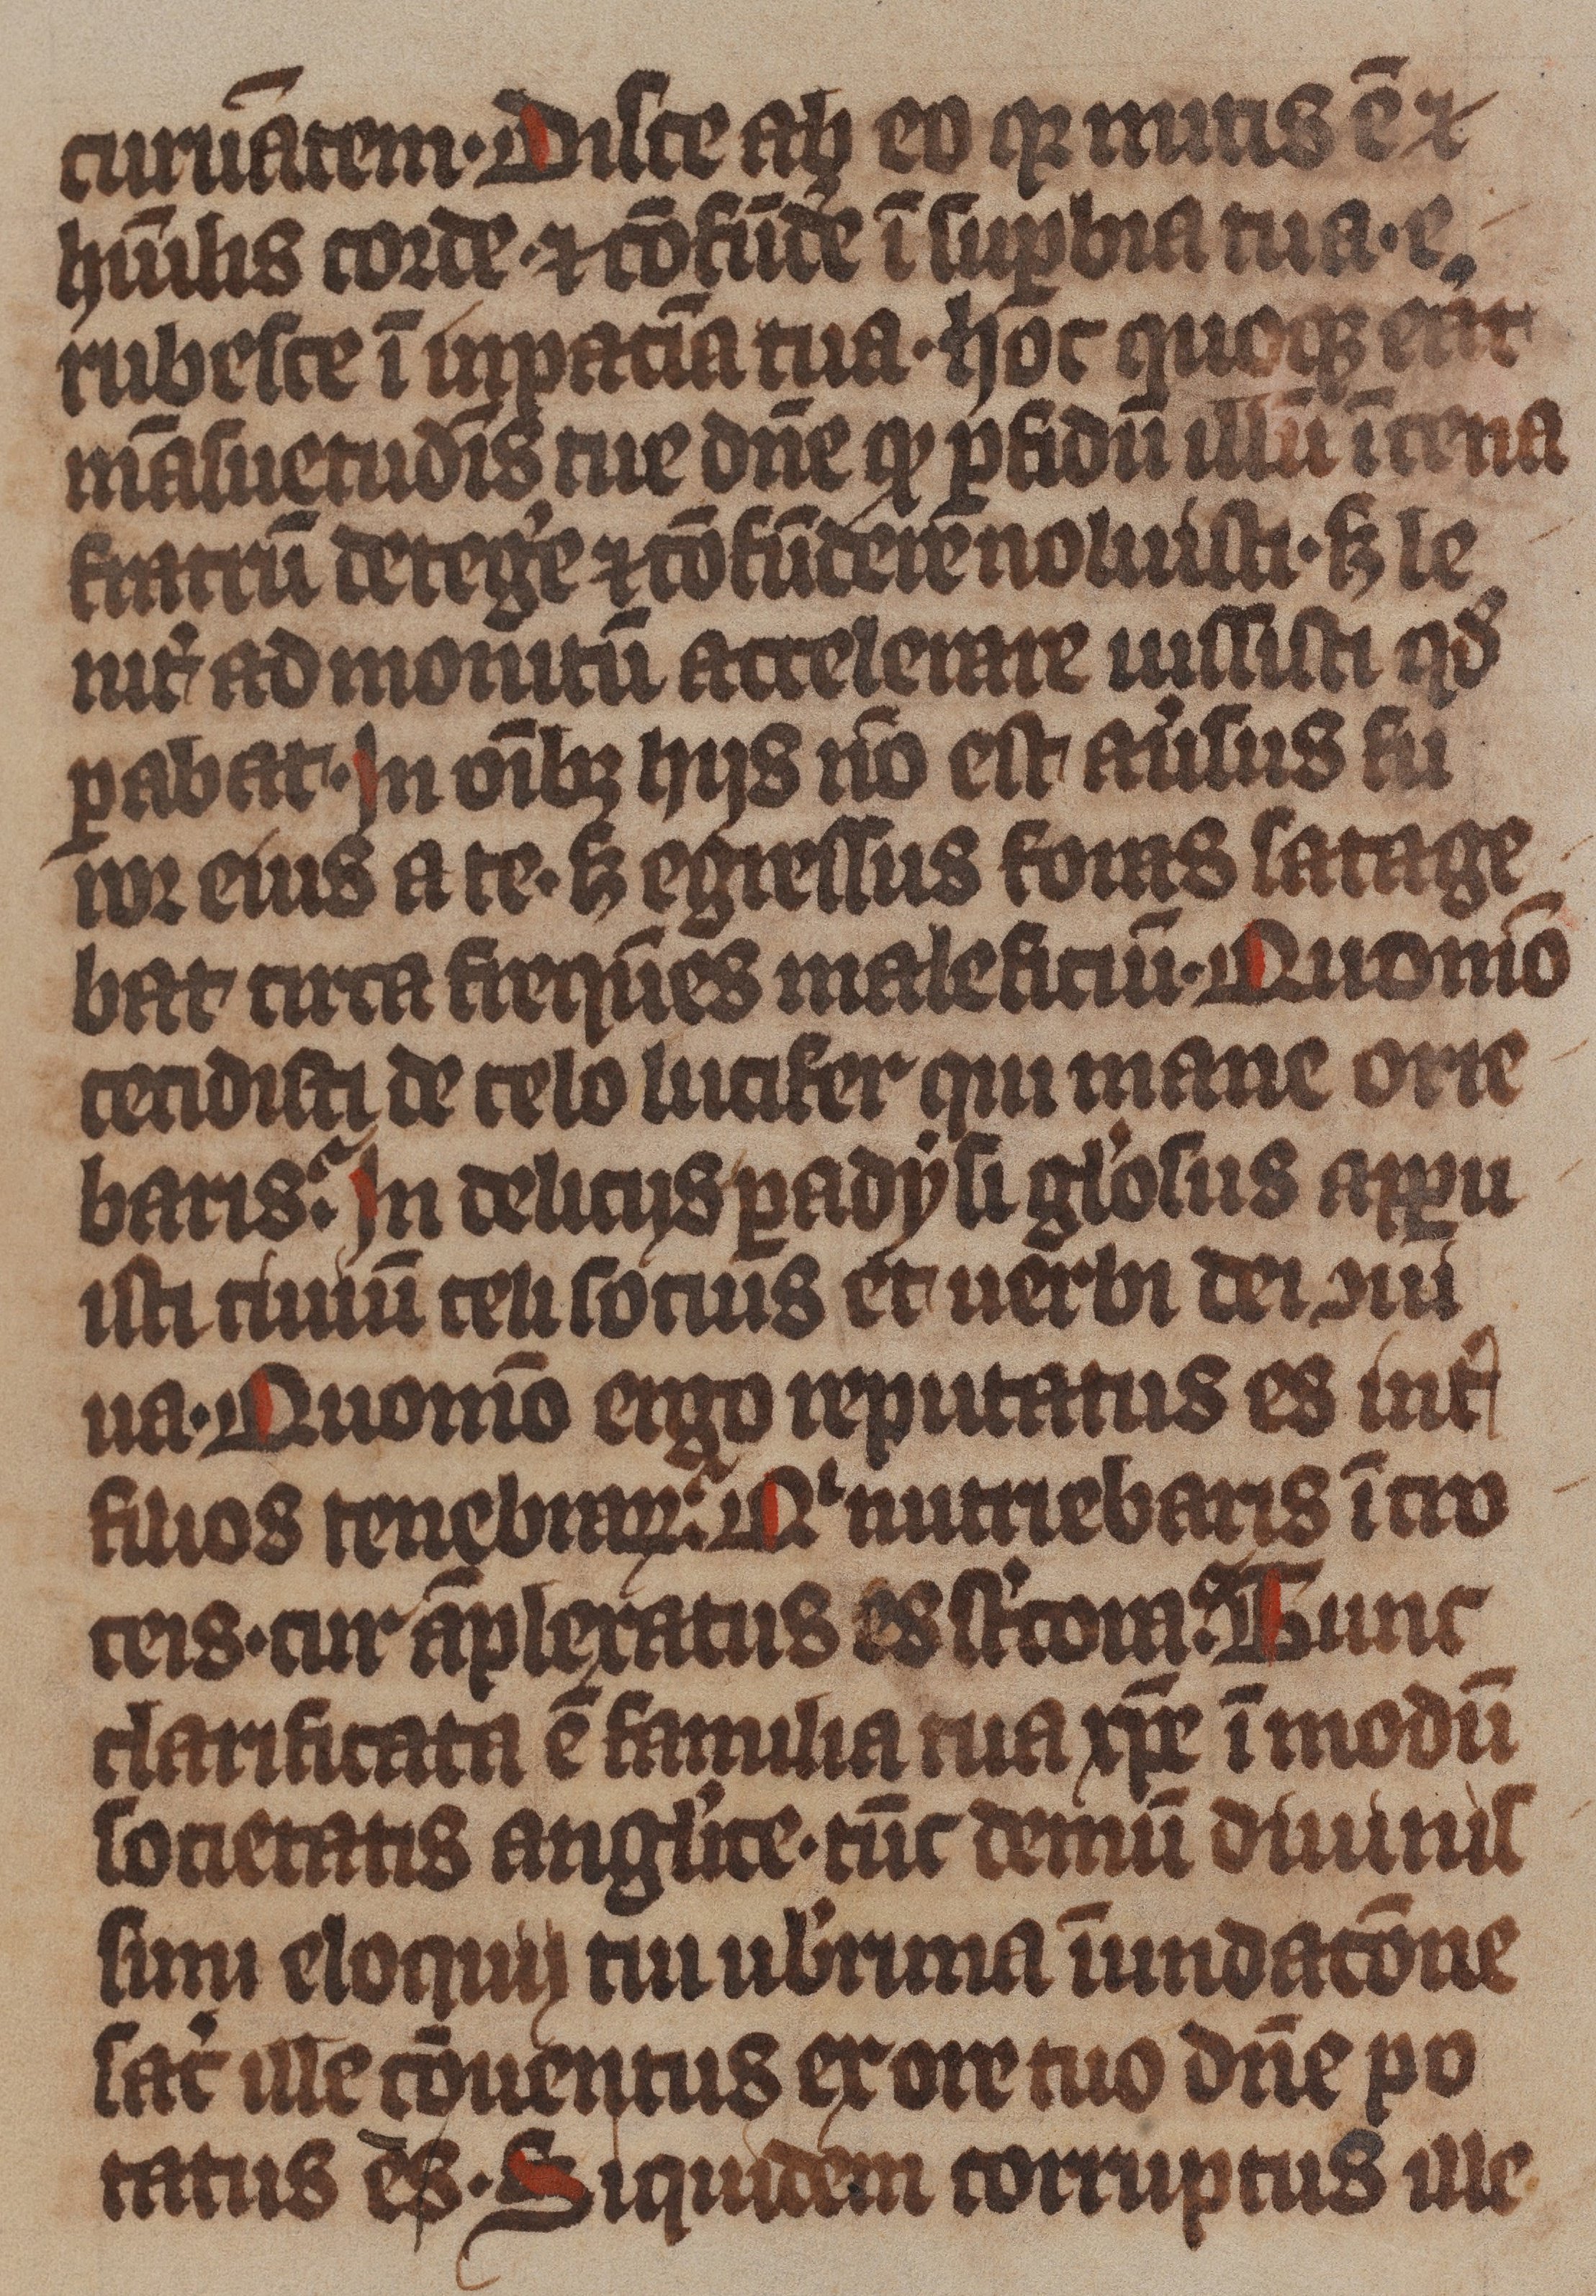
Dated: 1375–1499